画像に写った文字を読んでください
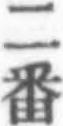
「二番」と書いてあります